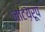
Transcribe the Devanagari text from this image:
नाटय़रूप